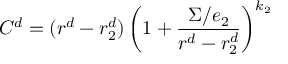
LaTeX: C ^ { d } = ( r ^ { d } - r _ { 2 } ^ { d } ) \left( 1 + { \frac { \Sigma / e _ { 2 } } { r ^ { d } - r _ { 2 } ^ { d } } } \right) ^ { k _ { 2 } }